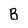
Character: B